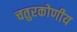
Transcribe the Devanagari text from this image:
चतुरकोणीय